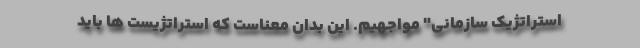
استراتژیک سازمانی" مواجهیم. این بدان معناست که استراتژیست ها باید